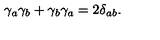
\gamma _ { a } \gamma _ { b } + \gamma _ { b } \gamma _ { a } = 2 \delta _ { a b } .